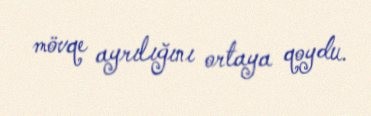
mövqe ayrılığını ortaya qoydu.